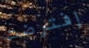
إفترضت